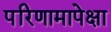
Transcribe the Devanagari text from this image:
परिणामापेक्षा